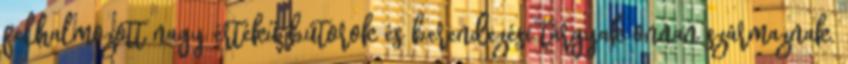
felhalmozott nagy értékű bútorok és berendezési tárgyak onnan származnak.